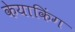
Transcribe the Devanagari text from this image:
केयाकिंग